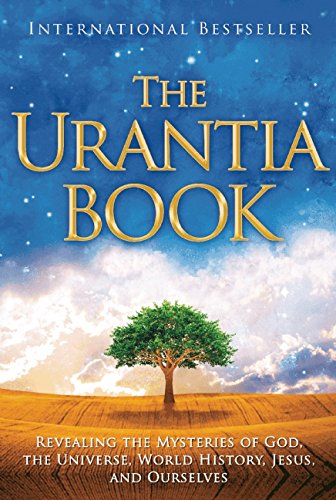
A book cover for The Urantia Book: Revealing the Mysteries of God, the Universe, World History, Jesus, and Ourselves; Religion & Spirituality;